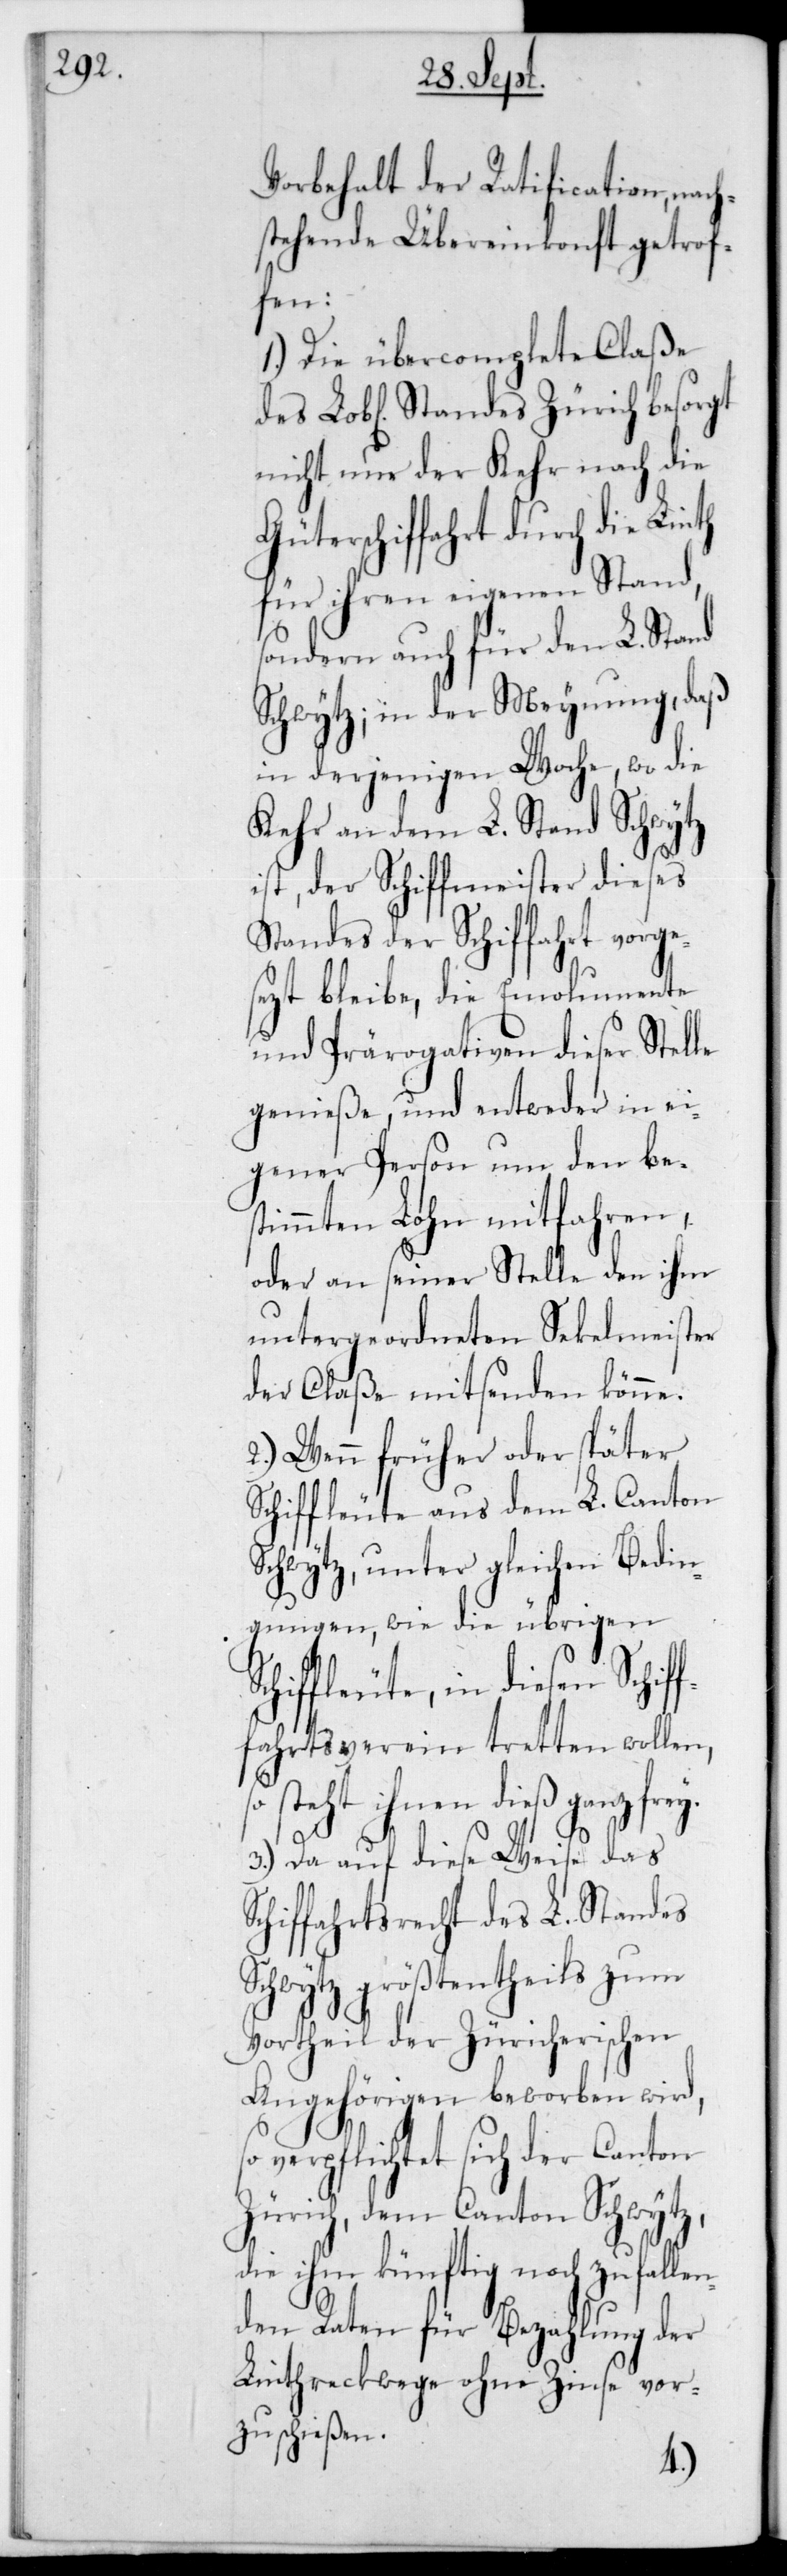
Vorbehalt der Ratification, nac¬
hstehende Übereinkonft getrof¬
fen:
1.) Die übercomplette Claße
nicht nur der Kehr nach die
Güterschiffahrt durch die Linth
für ihren eigenenStand,
sondern auch für den L. Stand
Schwytz; in der Meynung, daß
in derjenigen Woche, wo die
Kehr an dem L. Stand Schwytz
ist, der Schiffmeister dieses
Standes der Schiffahrt vorge¬
sezt bleibe, die Emolumente
und Prärogativen dieser Stelle
genieße, und entweder in ei¬
gener Person um den bes¬
timmten Lohn mitfahren,
oder an seiner Stelle den ihm
untergeordneten Sekelmeister
der Claße mitsenden könne.
2.) Wenn früher oder später
Schiffleute aus dem L. Canton
Schwytz, unter gleichen Bedin¬
gungen, wie die übrigen S¬
chiffleute, in diesen Schif¬
fahrtsverein tretten wollen,
so steht ihnen dieß ganz frey.
3.) Da auf diese Weise das
Schiffahrtsrecht des L. Standes
Schwytz größtentheils zum
Vortheil der Zürcherischen
Angehörigen beworben wird,
so verpflichtet sich der Canton
Zürich, dem Canton Schwytz,
die ihm künftig noch zufallen¬
den Raten für Bezahlung der
Linthreckwege ohne Zinse vor¬
zuschießen.